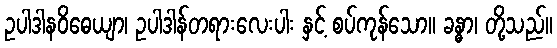
ဥပါဒါနဝိဓေယျာ၊ ဥပါဒါန်တရားလေးပါး နှင့် စပ်ကုန်သော။ ခန္ဓာ၊ တို့သည်။